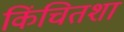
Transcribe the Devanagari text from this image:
किंचितशा